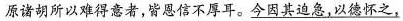
原诸胡所以难得意者，皆恩信不厚耳。\underline{今因其迫急，以德怀之，